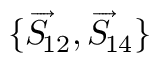
\{ \overrightarrow { S } \! _ { 1 2 } , \overrightarrow { S } \! _ { 1 4 } \}